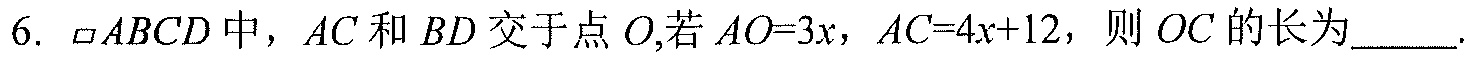
6. \(\parallelogram ABCD\)中，\(AC\)和\(BD\)交于点\(O\),若\(AO = 3x\)，\(AC = 4x + 12\)，则\(OC\)的长为  .